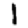
Digit: 1